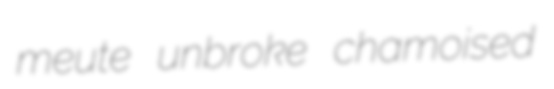
meute unbroke chamoised